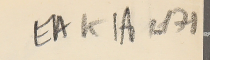
EAK1A-171